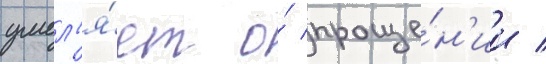
умол'я́ет о́ проще́н'ии /